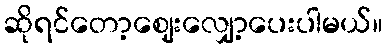
ဆိုရင်တော့ဈေးလျှော့ပေးပါမယ်။